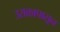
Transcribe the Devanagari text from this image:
उराकापासून